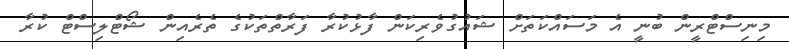
މިނިސްޓްރީން ބުނީ އެ މަސައްކަތަށް ޝައުގުވެރިކަން ފާޅުކުރާ ފަރާތްތަކުގެ ތެރެއިން ޝޯޓްލިސްޓް ކުރާ